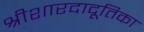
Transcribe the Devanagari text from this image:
श्रीशारदादूतिका